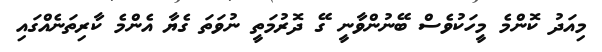
މިއަދު ކޮންމެ މީހަކުވެސް ބޭނުންވާނީ ގޭ ދޮރުމަތީ ނުވަތަ ގެޔާ އެންމެ ކާރިތަނެއްގައި